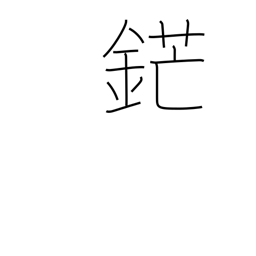
Meaning: sword point